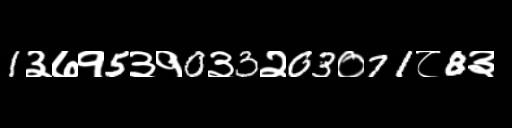
Text: 1३७१5३१0३3२03०71८8३